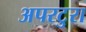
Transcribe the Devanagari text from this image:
अपरटुरा